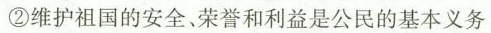
②维护祖国的安全、荣誉和利益是公民的基本义务